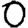
Digit: 0